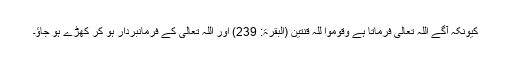
کیونکہ آگے اللہ تعالیٰ فرماتا ہے وَقُوْمُوْا لِلّٰہِ قٰنِتِیْن (البقرۃ: 239) اور اللہ تعالیٰ کے فرمانبردار ہو کر کھڑے ہو جاؤ۔